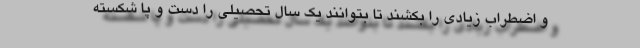
و اضطراب زیادی را بکشند تا بتوانند یک سال تحصیلی را دست و پا شکسته